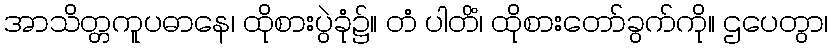
အာသိတ္တကူပဓာနေ၊ ထိုစားပွဲခုံ၌။ တံ ပါတိံ၊ ထိုစားတော်ခွက်ကို။ ဌပေတွာ၊